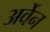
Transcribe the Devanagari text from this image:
अर्वेन